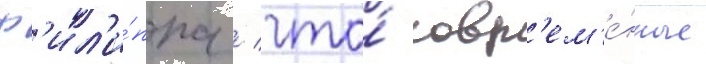
ф'ил'и́ппа / что́ совр'ем'е́нные